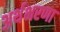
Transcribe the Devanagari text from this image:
अर्थभरणा